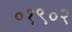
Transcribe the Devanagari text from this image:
०१९०२